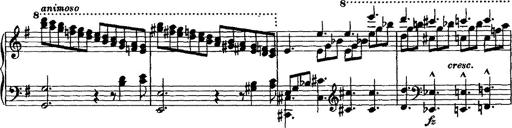
Title: Rondo di bravura
Composer: Franz Liszt